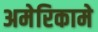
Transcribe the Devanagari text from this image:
अमेरिकामे